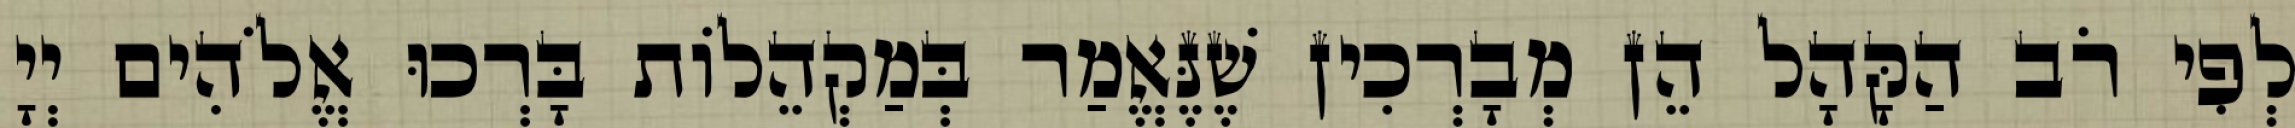
לְפִי רֹב הַקָּהָל הֵן מְבָרְכִין שֶׁנֶּאֱמַר בְּמַקְהֵלוֹת בָּרְכוּ אֱלֹהִים יְיָ